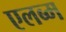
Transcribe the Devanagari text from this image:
एलब्म